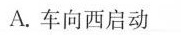
A.车向西启动